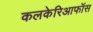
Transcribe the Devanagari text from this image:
कलकेरिआफॉस